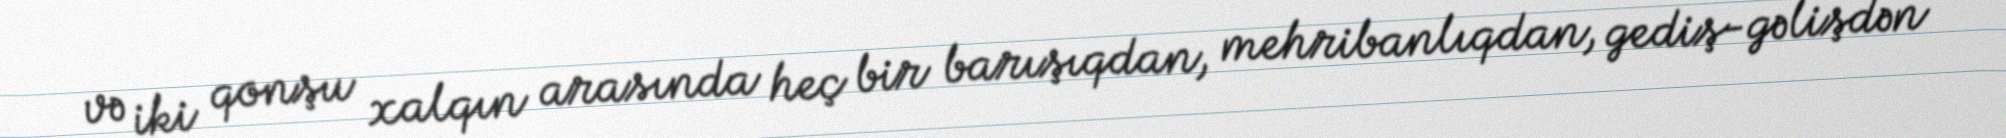
və iki qonşu xalqın arasında heç bir barışıqdan, mehribanlıqdan, gediş-gəlişdən